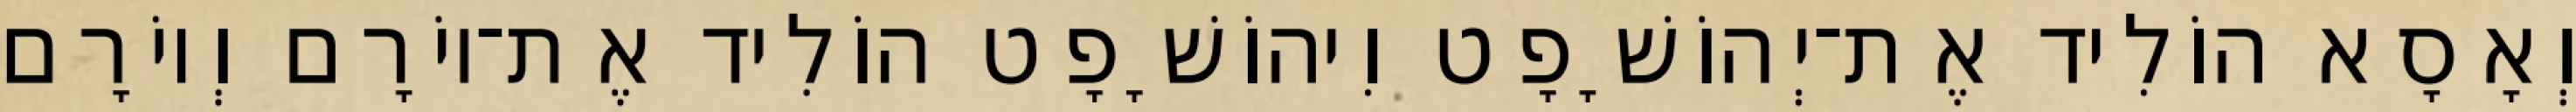
וְאָסָא הוֹלִיד אֶת־יְהוֹשָׁפָט וִיהוֹשָׁפָט הוֹלִיד אֶת־יוֹרָם וְיוֹרָם